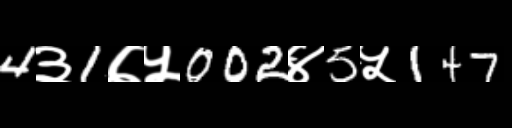
Text: 4३1७५002४5५147